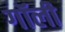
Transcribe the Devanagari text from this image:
गॉली